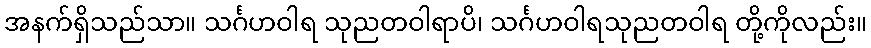
အနက်ရှိသည်သာ။ သင်္ဂဟဝါရ သုညတဝါရာပိ၊ သင်္ဂဟဝါရသုညတဝါရ တို့ကိုလည်း။